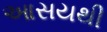
આસયથી